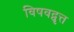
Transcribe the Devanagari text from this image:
विषवद्वृत्त